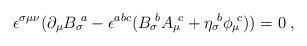
LaTeX: \begin{align*} \epsilon^{\sigma\mu\nu}(\partial_\mu {B_\sigma}\!^a -\epsilon^{abc}({B_\sigma}\!^b {A_\mu}\!^c + {\eta_\sigma}\!^b{\phi_\mu}\!^c)) = 0 \; ,\end{align*}